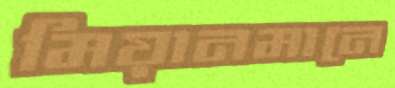
মিয়ানমানে